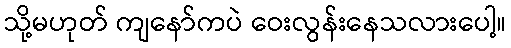
သို့မဟုတ် ကျနော်ကပဲ ဝေးလွန်းနေသလားပေါ့။